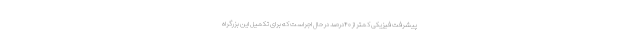
پیشرفت فیزیکی کمتر از ۴۰درصد در حال اجراست که برای تکمیل این بزرگراه